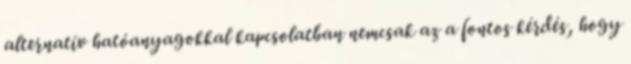
alternatív hatóanyagokkal kapcsolatban nemcsak az a fontos kérdés, hogy